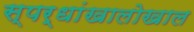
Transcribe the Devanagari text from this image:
स्पर्धांखालोखाल